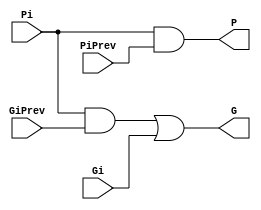
/* (c) Krishna Subramanian <https://github.com/mongrelgem>
 * For Issues & Bugs, report to <https://github.com/mongrelgem/Verilog-Adders/issues>
*/

module BigCircle(output G, P, input Gi, Pi, GiPrev, PiPrev);
  
  wire e;
  and #(1) (e, Pi, GiPrev);
  or #(1) (G, e, Gi);
  and #(1) (P, Pi, PiPrev);
  
endmodule

module SmallCircle(output Ci, input Gi);
  
  buf #(1) (Ci, Gi);
  
endmodule

module Square(output G, P, input Ai, Bi);
  
  and #(1) (G, Ai, Bi);
  xor #(2) (P, Ai, Bi);
  
endmodule

module Triangle(output Si, input Pi, CiPrev);
  
  xor #(2) (Si, Pi, CiPrev);
  
endmodule

module KSA8(output [7:0] sum, output cout, input [7:0] a, b);
  
  wire cin = 1'b0;
  wire [7:0] c;
  wire [7:0] g, p;
  Square sq[7:0](g, p, a, b);

  // first line of circles
  wire [7:1] g2, p2;
  SmallCircle sc0_0(c[0], g[0]);
  BigCircle bc0[7:1](g2[7:1], p2[7:1], g[7:1], p[7:1], g[6:0], p[6:0]);
  
  // second line of circle
  wire [7:3] g3, p3;
  SmallCircle sc1[2:1](c[2:1], g2[2:1]);
  BigCircle bc1[7:3](g3[7:3], p3[7:3], g2[7:3], p2[7:3], g2[5:1], p2[5:1]);
    
  // third line of circle
  wire [7:7] g4, p4;
  SmallCircle sc2[6:3](c[6:3], g3[6:3]);
  BigCircle bc2_7(g4[7], p4[7], g3[7], p3[7], g3[3], p3[3]);

  // fourth line of circle
  SmallCircle sc3_7(c[7], g4[7]);

  // last line - triangles
  Triangle tr0(sum[0], p[0], cin);
  Triangle tr[7:1](sum[7:1], p[7:1], c[6:0]);
  
  // generate cout
  buf #(1) (cout, c[7]);
  
endmodule